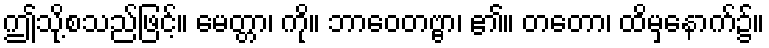
ဤသို့စသည်ဖြင့်။ မေတ္တာ၊ ကို။ ဘာဝေတဗ္ဗာ၊ ၏။ တတော၊ ထိမှနောက်၌။